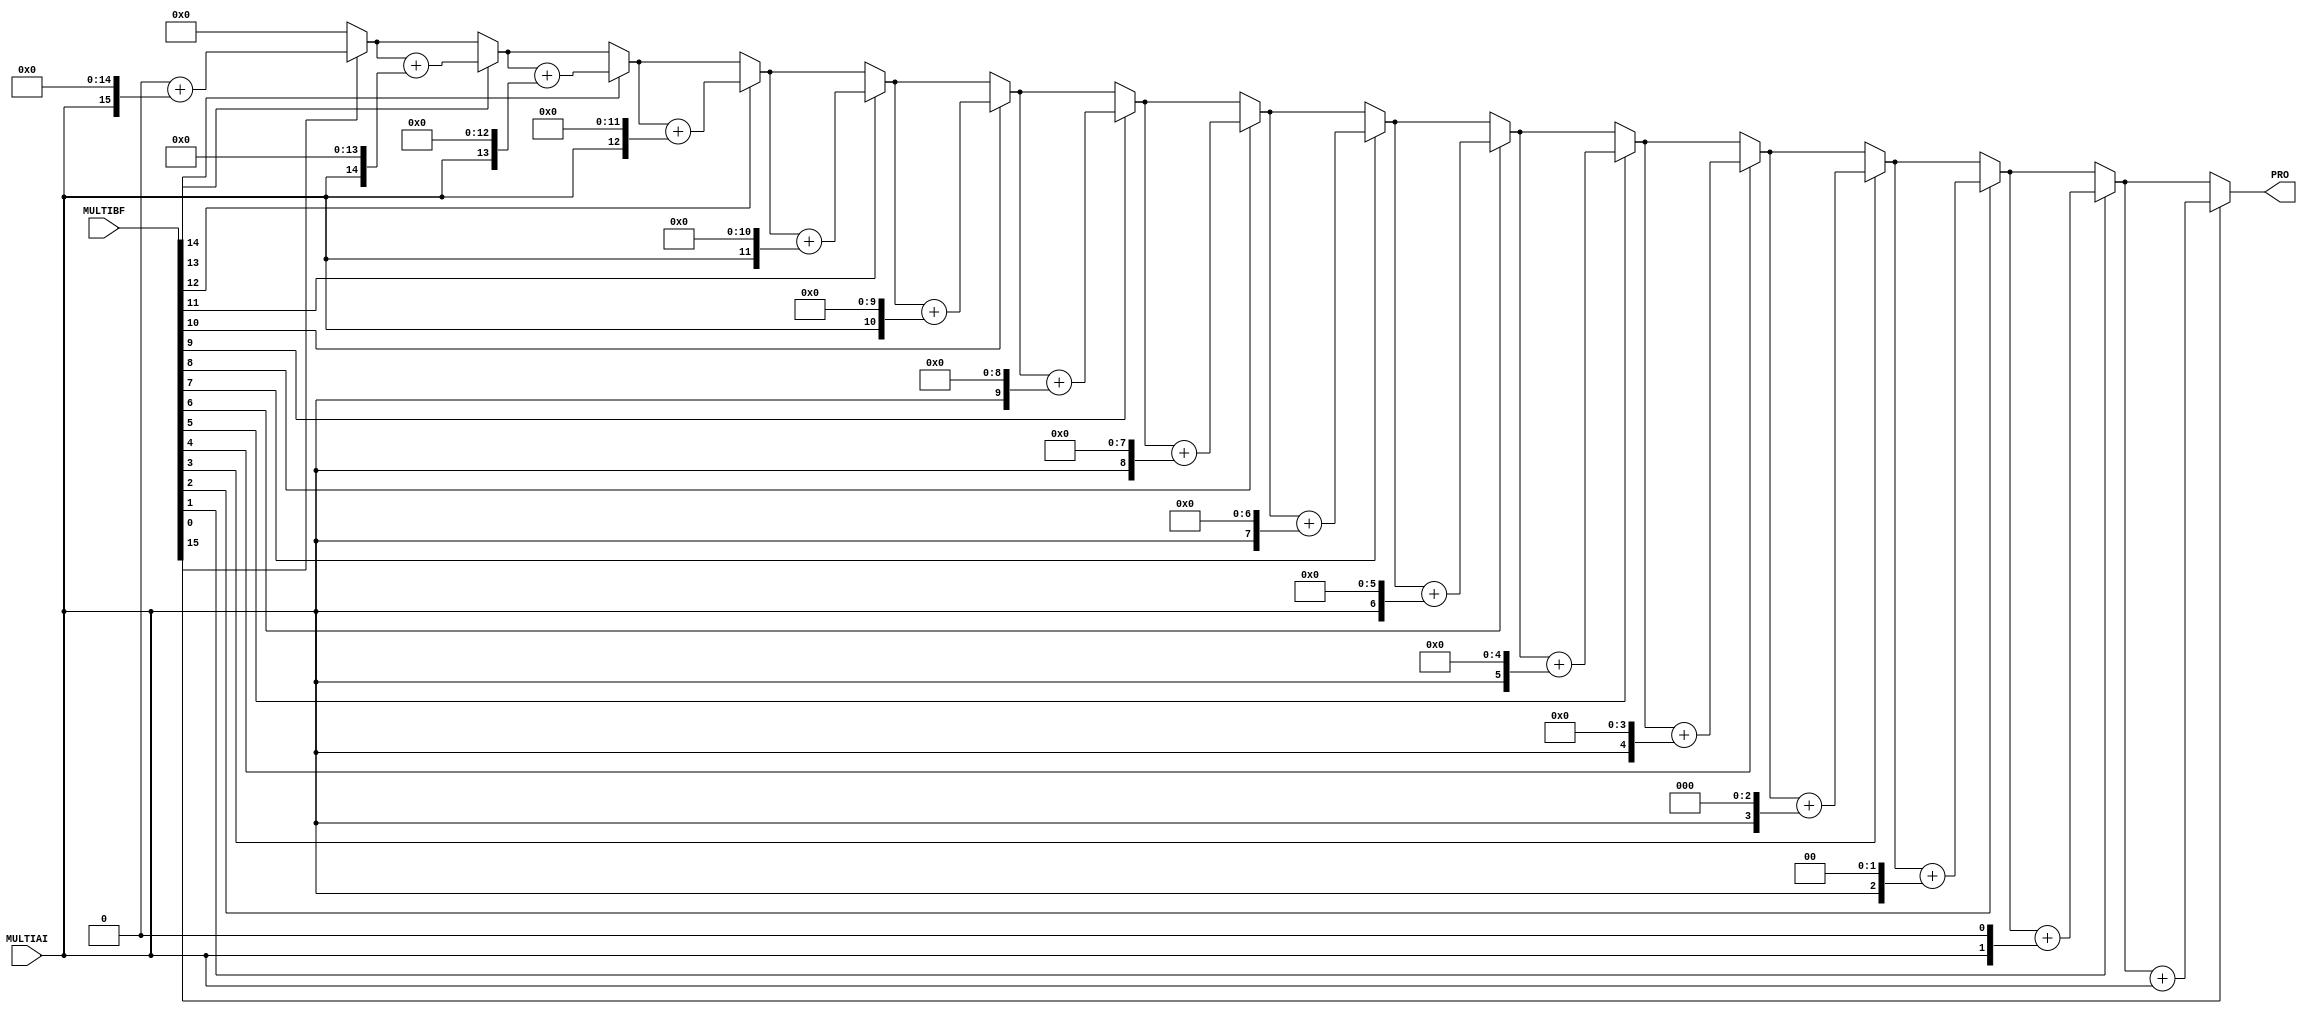
// -------------------------------------------------------
// Module Name: USWI1WF16SHIFT
// Function: [unsigned WI(1)WF(16)] = [unsigned WI(1)] * [unsigned WF(16)], realize multiplication by shift right
// Version: v1p0
// -------------------------------------------------------
module USWI1WF16SHIFT(
PRO,
MULTIAI,
MULTIBF
);

parameter width_int = 1;
parameter width_frac = 16;

input [width_int-1:0] MULTIAI;
input [width_frac-1:0] MULTIBF;
output reg [width_int+width_frac-1:0] PRO;

integer i;
reg [width_int+width_frac-1:0] mai_ext;

always @ (MULTIAI or MULTIBF) begin
	mai_ext = MULTIAI<<width_frac;
	PRO = 0;
	for (i=width_frac-1; i>=0; i=i-1) begin
		PRO = MULTIBF[i]? (PRO+(mai_ext>>(width_frac-i))): PRO;
	end
end

endmodule
// -------------------------------------------------------
// Module Name: USWF16WF16SHIFT
// Function: [unsigned WF(16)] = [unsigned WF(16)] * [unsigned WF(16)], realize multiplication by shift right
// Version: v1p0
// -------------------------------------------------------
module USWF16WF16SHIFT(
PRO,
MULTIAF,
MULTIBF
);

parameter width_frac = 16;

input [width_frac-1:0] MULTIAF;
input [width_frac-1:0] MULTIBF;
output reg [width_frac-1:0] PRO;

integer i;

always @ (MULTIAF or MULTIBF) begin
	PRO = 0;
	for (i=width_frac-1; i>=0; i=i-1) begin
		PRO = MULTIBF[i]? (PRO+(MULTIAF>>(width_frac-i))): PRO;
	end
end

endmodule
// -------------------------------------------------------
// Module Name: USWI1WF16PRO
// Function: [unsigned WI(2)WF(16)] = [unsigned WI(1)WF(16)] * [unsigned WI(1)WF(16)]
// Version: v2p0, insert register to adjust temporal logic
// -------------------------------------------------------
module USWI1WF16PRO(
NRST,
CLK,
PRO,
MULTIA,
MULTIB
);

parameter width_int = 1;
parameter width_frac = 16;

input NRST;
input CLK;
input [width_int+width_frac-1:0] MULTIA;
input [width_int+width_frac-1:0] MULTIB;
output [2*width_int+width_frac-1:0] PRO;

// temp signal
wire [width_int-1:0] MAI;
wire [width_int-1:0] MBI;
wire [width_frac-1:0] MAF;
wire [width_frac-1:0] MBF;
wire [width_frac-1:0] PRF;
wire [2*width_int-1:0] proac;
wire [width_int+width_frac-1:0] proad;
wire [width_int+width_frac-1:0] procb;
wire [width_frac-1:0] probd;

reg [width_int-1:0] MAI_reg;
reg [width_int-1:0] MBI_reg;
reg [width_frac-1:0] MAF_reg;
reg [width_frac-1:0] MBF_reg;
reg [2*width_int-1:0] proac_reg;
reg [width_int+width_frac-1:0] proad_reg;
reg [width_int+width_frac-1:0] procb_reg;
reg [width_frac-1:0] probd_reg;

// divide into integer or decimal
assign MAI = MULTIA[width_int+width_frac-1:width_frac];
assign MBI = MULTIB[width_int+width_frac-1:width_frac];
assign MAF = MULTIA[width_frac-1:0];
assign MBF = MULTIB[width_frac-1:0];

// divide multiplication into 4 steps
assign proac = MAI_reg*MBI_reg;
USWI1WF16SHIFT #(width_int, width_frac) UX1_USWI1WF16PRO_USWI1WF16SHIFT (.PRO(proad), .MULTIAI(MAI_reg), .MULTIBF(MBF_reg));
USWI1WF16SHIFT #(width_int, width_frac) UX2_USWI1WF16PRO_USWI1WF16SHIFT (.PRO(procb), .MULTIAI(MBI_reg), .MULTIBF(MAF_reg));
USWF16WF16SHIFT #(width_frac) UX1_USWI1WF16PRO_USWF16WF16SHIFT (.PRO(probd), .MULTIAF(MAF_reg), .MULTIBF(MBF_reg));

// register
always @ (posedge CLK or negedge NRST) begin
	if (!NRST) begin
		MAI_reg <= 0;
		MBI_reg <= 0;
		MAF_reg <= 0;
		MBF_reg <= 0;
		proac_reg <= 0;
		proad_reg <= 0;
		procb_reg <= 0;
		probd_reg <= 0;
	end else begin
		MAI_reg <= MAI;
		MBI_reg <= MBI;
		MAF_reg <= MAF;
		MBF_reg <= MBF;
		proac_reg <= proac;
		proad_reg <= proad;
		procb_reg <= procb;
		probd_reg <= probd;
	end
end

assign PRO = (proac_reg<<width_frac) + proad_reg + procb_reg + probd_reg;

endmodule

// -------------------------------------------------------
// Module Name: SWIWFPRO
// Function: [signed WI(1+12+2)WF(16)] = [signed WI(1+12)WF(16)] * [signed WI(1+2)WF(16)]
// Version: v2p0, insert register to adjust temporal logic
// -------------------------------------------------------

module SWIWFPRO(
NRST,
CLK,
PROS,
MULTIAS,
MULTIBS
);

parameter width_int_a = 13;
parameter width_int_b = 3;
parameter width_frac = 16;

input NRST;
input CLK;
input [width_int_a+width_frac-1:0] MULTIAS;
input [width_int_b+width_frac-1:0] MULTIBS;
output [width_int_a+width_int_b+width_frac-2:0] PROS;

// temp signal
wire [width_int_a+width_frac-2:0] MULTIAUS;
wire [width_int_b+width_frac-2:0] MULTIBUS;
wire SA;
wire SB;
wire SP;
wire [width_int_a-2:0] MAI;
wire [width_int_b-2:0] MBI;
wire [width_frac-1:0] MAF;
wire [width_frac-1:0] MBF;
wire [width_int_a+width_int_b-3:0] proac;
wire [width_int_a+width_frac-2:0] proad;
wire [width_int_b+width_frac-2:0] procb;
wire [width_frac-1:0] probd;
wire [width_int_a+width_int_b+width_frac-3:0] prous;

reg SA_reg;
reg SB_reg;
reg SP_reg;
reg [width_int_a-2:0] MAI_reg;
reg [width_int_b-2:0] MBI_reg;
reg [width_frac-1:0] MAF_reg;
reg [width_frac-1:0] MBF_reg;
reg [width_int_a+width_int_b-3:0] proac_reg;
reg [width_int_a+width_frac-2:0] proad_reg;
reg [width_int_b+width_frac-2:0] procb_reg;
reg [width_frac-1:0] probd_reg;

// extract symbol bit
assign SA = MULTIAS[width_int_a+width_frac-1];
assign SB = MULTIBS[width_int_b+width_frac-1];
assign SP = SA_reg^SB_reg;
assign MULTIAUS = SA? (~MULTIAS[width_int_a+width_frac-2:0]+1'b1): MULTIAS[width_int_a+width_frac-2:0];
assign MULTIBUS = SB? (~MULTIBS[width_int_b+width_frac-2:0]+1'b1): MULTIBS[width_int_b+width_frac-2:0];

// divide into integer or decimal
assign MAI = MULTIAUS[width_int_a+width_frac-2:width_frac];
assign MBI = MULTIBUS[width_int_b+width_frac-2:width_frac];
assign MAF = MULTIAUS[width_frac-1:0];
assign MBF = MULTIBUS[width_frac-1:0];

// divide multiplication into 4 steps
assign proac = MAI_reg*MBI_reg;
USWI1WF16SHIFT #(width_int_a-1, width_frac) UX1_USWI1WF16PRO_USWI1WF16SHIFT (.PRO(proad), .MULTIAI(MAI_reg), .MULTIBF(MBF_reg));
USWI1WF16SHIFT #(width_int_b-1, width_frac) UX2_USWI1WF16PRO_USWI1WF16SHIFT (.PRO(procb), .MULTIAI(MBI_reg), .MULTIBF(MAF_reg));
USWF16WF16SHIFT #(width_frac) UX1_USWI1WF16PRO_USWF16WF16SHIFT (.PRO(probd), .MULTIAF(MAF_reg), .MULTIBF(MBF_reg));

// register
always @ (posedge CLK or negedge NRST) begin
	if (!NRST) begin
		SA_reg <= 0;
		SB_reg <= 0;
		SP_reg <= 0;
		MAI_reg <= 0;
		MBI_reg <= 0;
		MAF_reg <= 0;
		MBF_reg <= 0;
		proac_reg <= 0;
		proad_reg <= 0;
		procb_reg <= 0;
		probd_reg <= 0;
	end else begin
		SA_reg <= SA;
		SB_reg <= SB;
		SP_reg <= SP;
		MAI_reg <= MAI;
		MBI_reg <= MBI;
		MAF_reg <= MAF;
		MBF_reg <= MBF;
		proac_reg <= proac;
		proad_reg <= proad;
		procb_reg <= procb;
		probd_reg <= probd;
	end
end

// associate values with symbol
assign prous = (proac_reg<<width_frac) + proad_reg + procb_reg + probd_reg;
assign PROS = SP_reg? (~{1'b0, prous}+1'b1): {1'b0, prous};

endmodule

// -------------------------------------------------------
// Module Name: USWI16DIV
// Function: quotient[unsigned WI(16)]. remainder[unsigned WI(16)] = [unsigned WI(16)] / [unsigned WI(16)]
// Version: v1p0
// -------------------------------------------------------
module USWI16DIV (
DIVA,
DIVB,
QUO,
REM
);

parameter WI = 16;

input [WI-1:0] DIVA;
input [WI-1:0] DIVB;
output [WI-1:0] QUO;
output [WI-1:0] REM;
// DIVA / DIVB = QUO ... REM

integer i;
reg [2*WI-1:0] tempa;
reg [2*WI-1:0] tempb;
reg [2*WI-1:0] flag;

// divition
always @(DIVA or DIVB) begin
	tempa = {{WI{1'b0}}, DIVA};
	tempb = {DIVB, {WI{1'b0}}};
	for (i=0; i<WI; i=i+1) begin
		tempa = tempa << 1'b1;
		flag = tempa - tempb;
		if (flag[2*WI-1]) tempa = tempa; // tempa < tempb
		else tempa = tempa - tempb + 1'b1; // tempa >= tempb
	end
end

assign QUO = tempa[WI-1:0];
assign REM = tempa[2*WI-1:WI];

endmodule